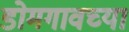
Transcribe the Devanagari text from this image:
डोमगावच्या